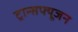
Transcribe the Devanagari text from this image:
ट्रान्सफ्यूजन